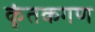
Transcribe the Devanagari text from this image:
कृंतकगण